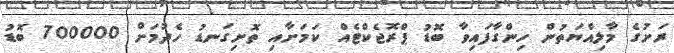
ރަށުގެ މާލިއްޔަތުން ހިންގާފައިވާ ބޮޑު ޕްރޮޖެކްޓެއް ކަމަށާއި ތޮށިގަނޑު ހެދުމަށް 700000 ބޮޑު